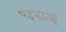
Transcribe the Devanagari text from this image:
पंड्याओं